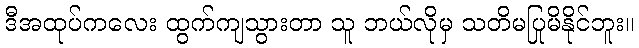
ဒီအထုပ်ကလေး ထွက်ကျသွားတာ သူ ဘယ်လိုမှ သတိမပြုမိနိုင်ဘူး။